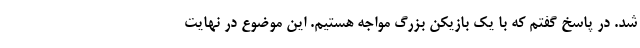
شد. در پاسخ گفتم که با یک بازیکن بزرگ مواجه هستیم. این موضوع در نهایت